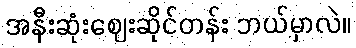
အနီးဆုံးဈေးဆိုင်တန်း ဘယ်မှာလဲ။